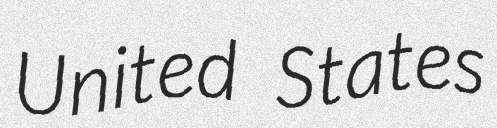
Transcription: United States